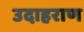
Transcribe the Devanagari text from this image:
उदाहराण